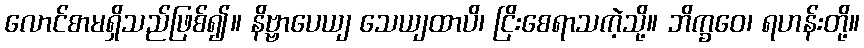
လောင်စာမရှိသည်ဖြစ်၍။ နိဗ္ဗာပေယျ သေယျထာပိ၊ ငြိးစေရာသကဲ့သို့။ ဘိက္ခဝေ၊ ရဟန်းတို့။